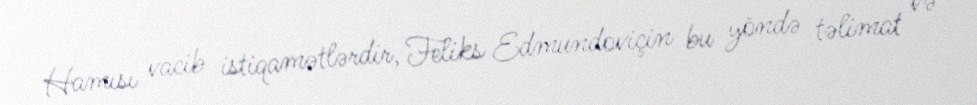
Hamısı vacib istiqamətlərdir, Feliks Edmundoviçin bu yöndə təlimat və